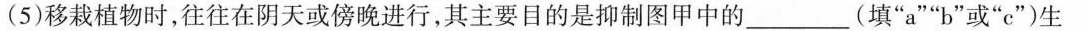
(5)移栽植物时，往往在阴天或傍晚进行，其主要目的是抑制图甲中的___(填”a””b”或”e”)生